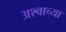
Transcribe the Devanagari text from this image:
अश्वाच्या